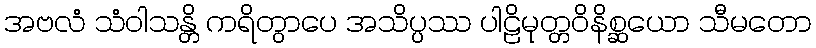
အဗလံ သံဝါသန္တိ ကရိတွာပေ အသိပ္ပဿ ပါဠိမုတ္တဝိနိစ္ဆယော သီမတော